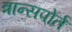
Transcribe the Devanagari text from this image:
त्रान्सपोर्त